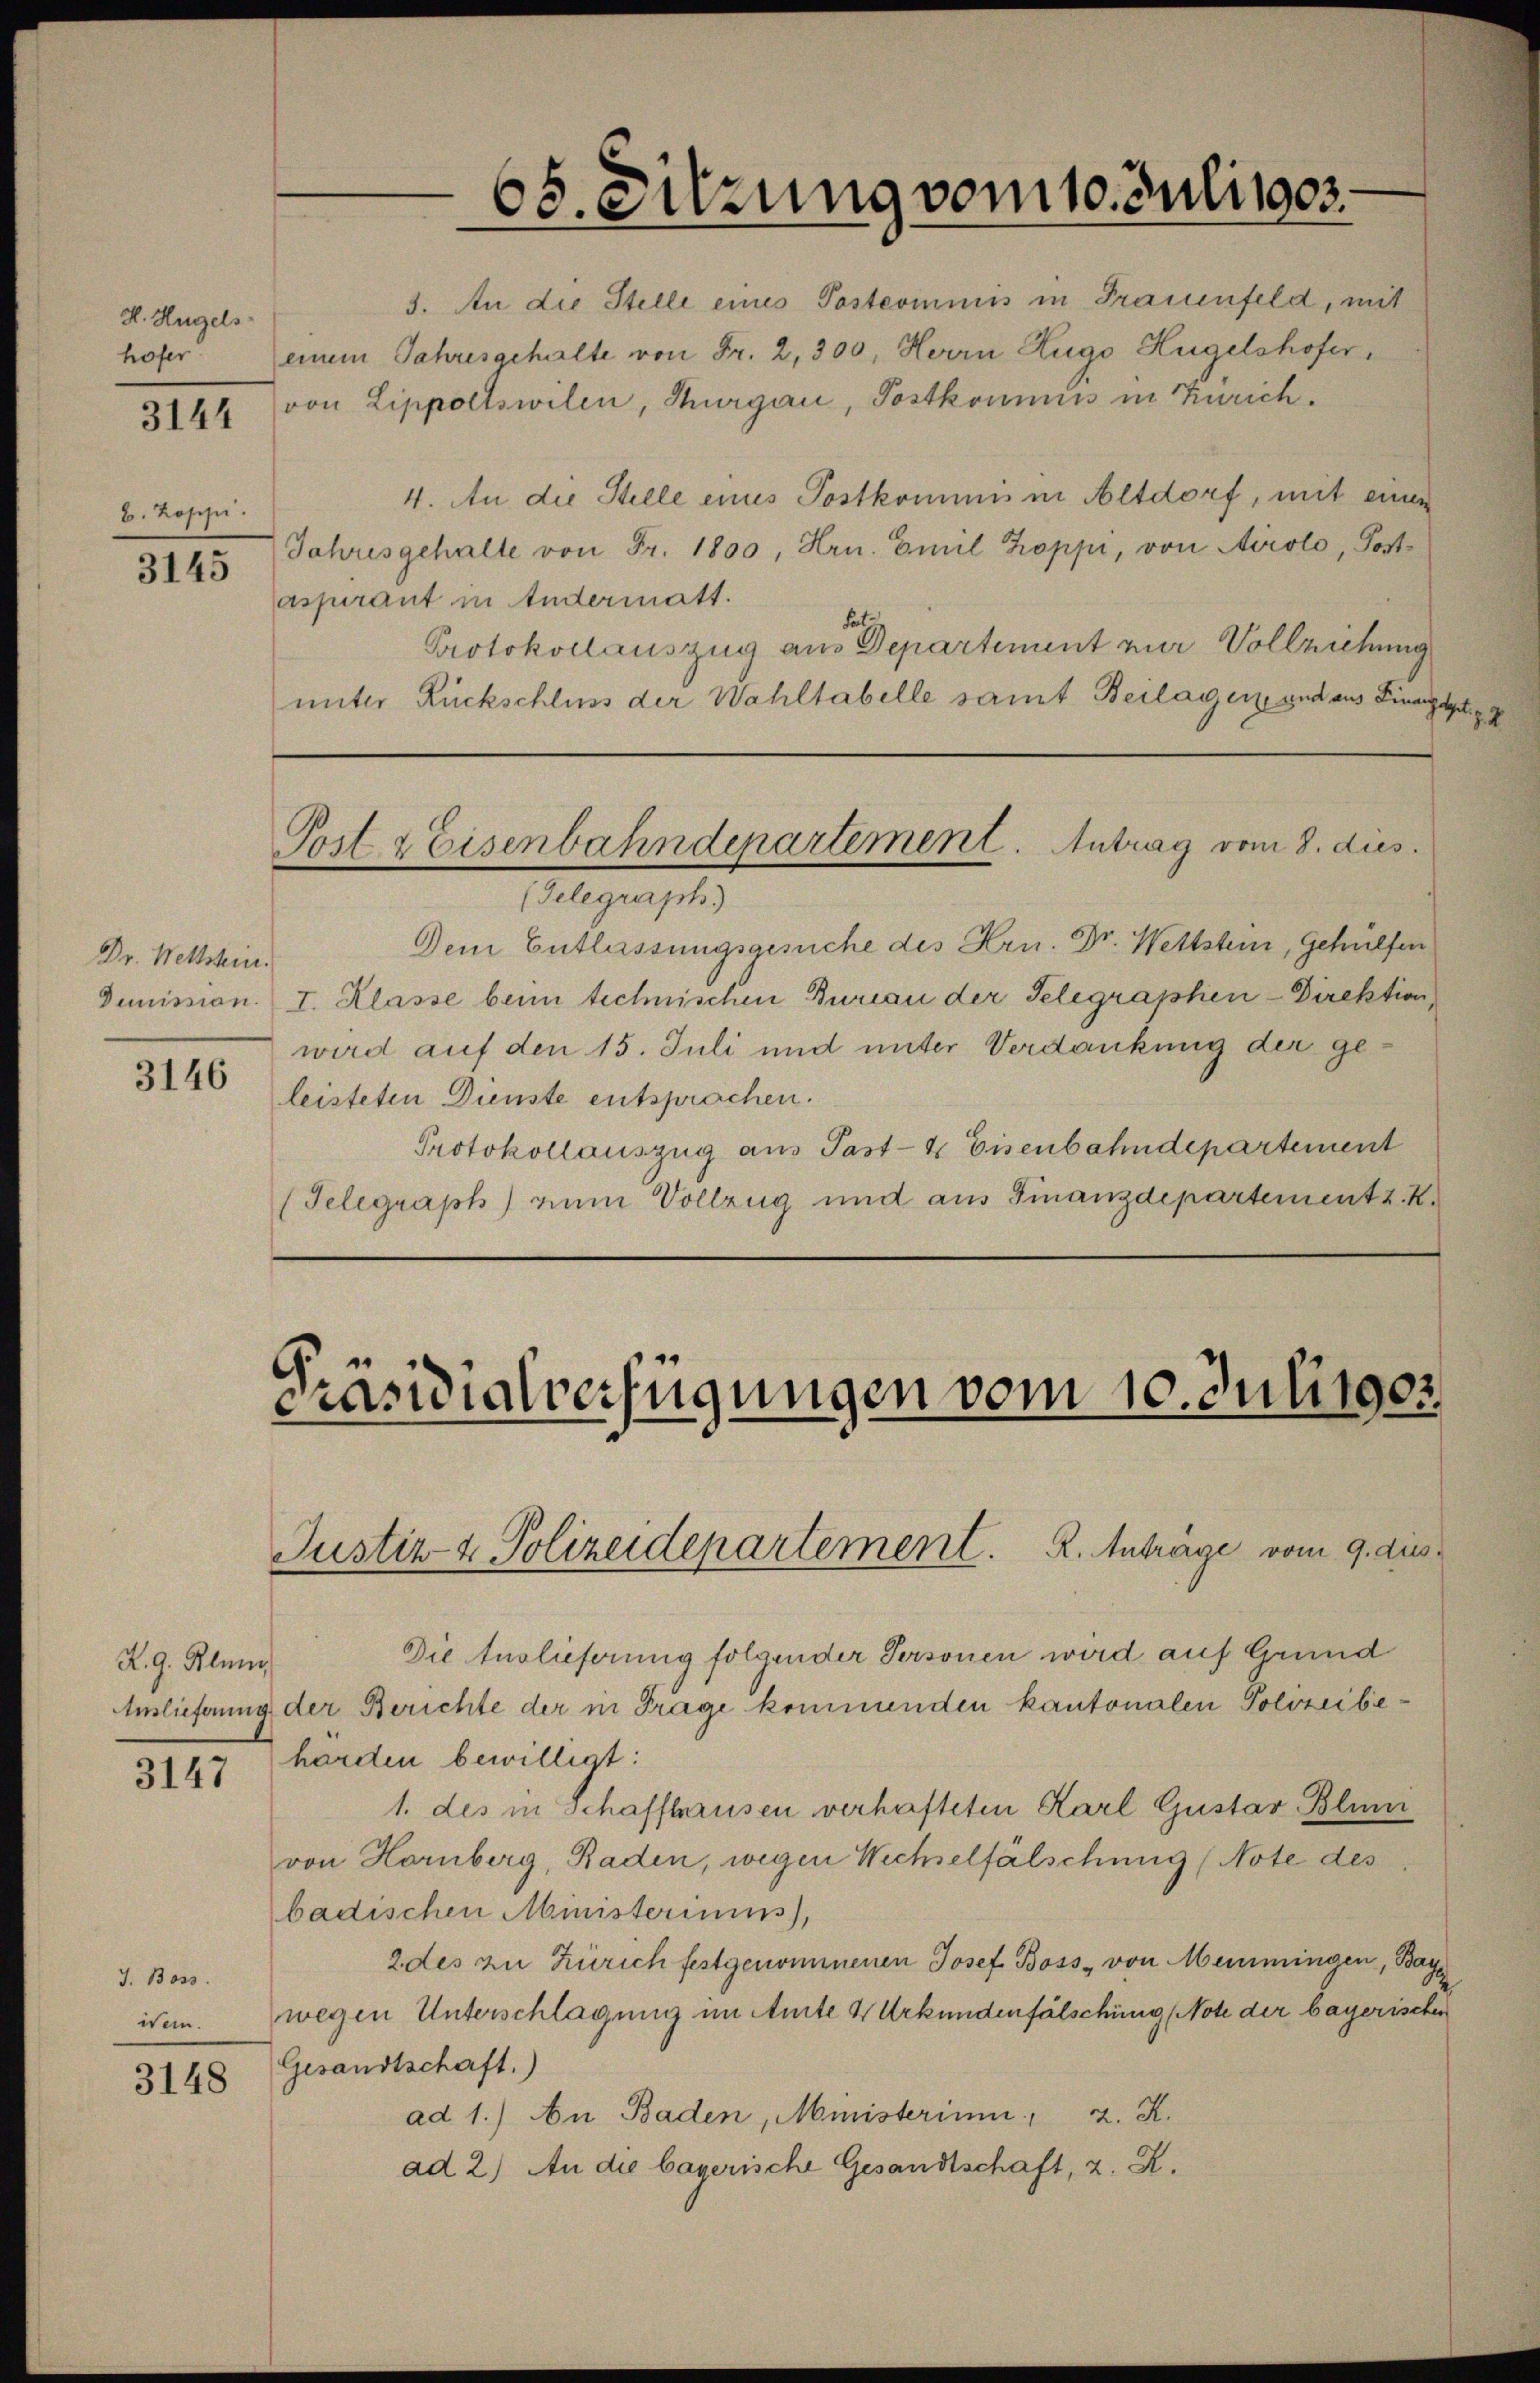
H. Hügels
hofer

3144

B. Koppi.

3145

Dr. Wettstein.

3146

K. G. Klum

317

J. 1303.

3148

Jahresgehalte von Fr. 1800, Hrn. Emil Koppi, von Airolo, Postaspirant in Andermatt.
Fat
Protokollauszug aus Departement zur Vollziehung
unter Rückschluss der Wahltabelle samt Beilagen und aus Finanzig g

68. Sitzung vom 10. Juli 1903

3. An die Stelle eines Postcommis in Frauenfeld, mit
einem Jahresgehalte von Fr. 2, 300, Herrn Zugo Hügelshofer
von Lippoltswilen, Thurgau, Postkommnis in Zürich.
4. An die Stelle eines Postkommis in Altdorf, mit einen
Post & Eisenbahndepartement. Antrag vom 8. dies
(Gelegraph
Dem Entlassungsgesuche des Hrn. Dr. Wettstein, Gehülfen
Demission. I. Klasse beim technischen Bureau der Telegraphen-Direktion
wird auf den 15. Juli und unter Verdankung der geleisteten Dienste entsprachen.
Protokollauszug aus Past- & Eisenbahndepartement
(Telegraph) zum Vollzug und aus Finanzdepartement z. K.

Die Auslieferung folgender Personen wird auf Grund
Auslieferung der Berichte der in Frage kommenden kantonalen Polizeibeharden bewilligt:
1. des in Schaffhausen verhafteten Karl Gustav Bluni
von Hornberg, Baden, wegen Wechselfälschung (Note des
badischen Ministeriums,
2 des zu Zürich festgenommenen Josef Boss von einmingen, Bay
isen. wegen Unterschlagung im Amte & Urkundenfälschung (Note der bayerischer
Gesandtschaft.)
ad 1.) An Baden, Ministerium, 2. K.
ad 2.) An die bayerische Gesandtschaft, z. K.

Präsidialverfügungen vom 10. Juli 1903
Justiz- & Polizeidepartement. K. Anträge vom 9. dies